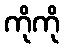
ကိုကို